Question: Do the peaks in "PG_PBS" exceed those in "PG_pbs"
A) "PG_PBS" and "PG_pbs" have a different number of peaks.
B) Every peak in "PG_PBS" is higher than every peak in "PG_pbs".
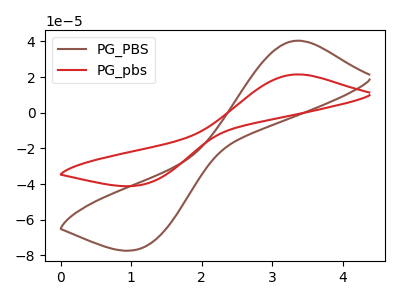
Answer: <think>The brown curve "PG_PBS" has an anodic peak at (3.35V, 40.45uA) and a cathodic peak at (1.15V, -75.85uA). The red curve "PG_pbs" has an anodic peak at (3.35V, 21.55uA) and a cathodic peak at (1.15V, -40.40uA).</think>
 <answer>B) Every peak in "PG_PBS" is higher than every peak in "PG_pbs".</answer>
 <eval>B</eval>